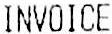
INVOICE